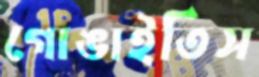
গোঙাইতিস